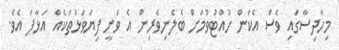
މިހާދިސާގައި ވެސް އެކަން ހުއްޓުވުމަށް ބެލެނިވެރިން އެ ވަނީ ފިޔަވަޅުތަކެއް އަޅާފަ އެވެ.